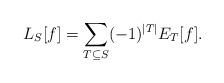
LaTeX: \begin{align*} L_S[f]=\sum_{T\subseteq S}(-1)^{|T|} E_T[f]. \end{align*}